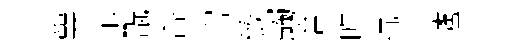
簨尓翫杏宫致蠲舍旿抗捍壚